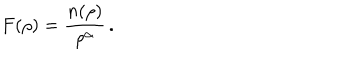
LaTeX: F ( \rho ) = \frac { n ( \rho ) } { \rho ^ { \alpha } } \, .